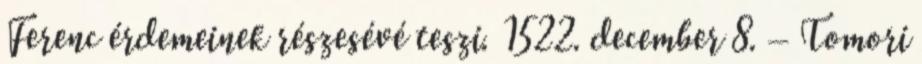
Ferenc érdemeinek részesévé teszi. 1522. december 8. – Tomori